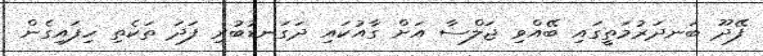
ފޭދޫ ބަނދަރުމަތީގައި ބޭއްވި ޖަލްސާ އަށް ގާއުކައި ދަގަނޑުބުރި ފަދަ ތަކެތި ހިފައިގެން